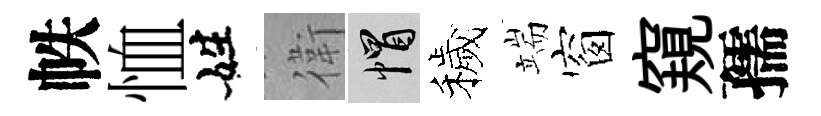
帙恤姓衛帽穢端窗窺孺